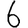
Digit: 6